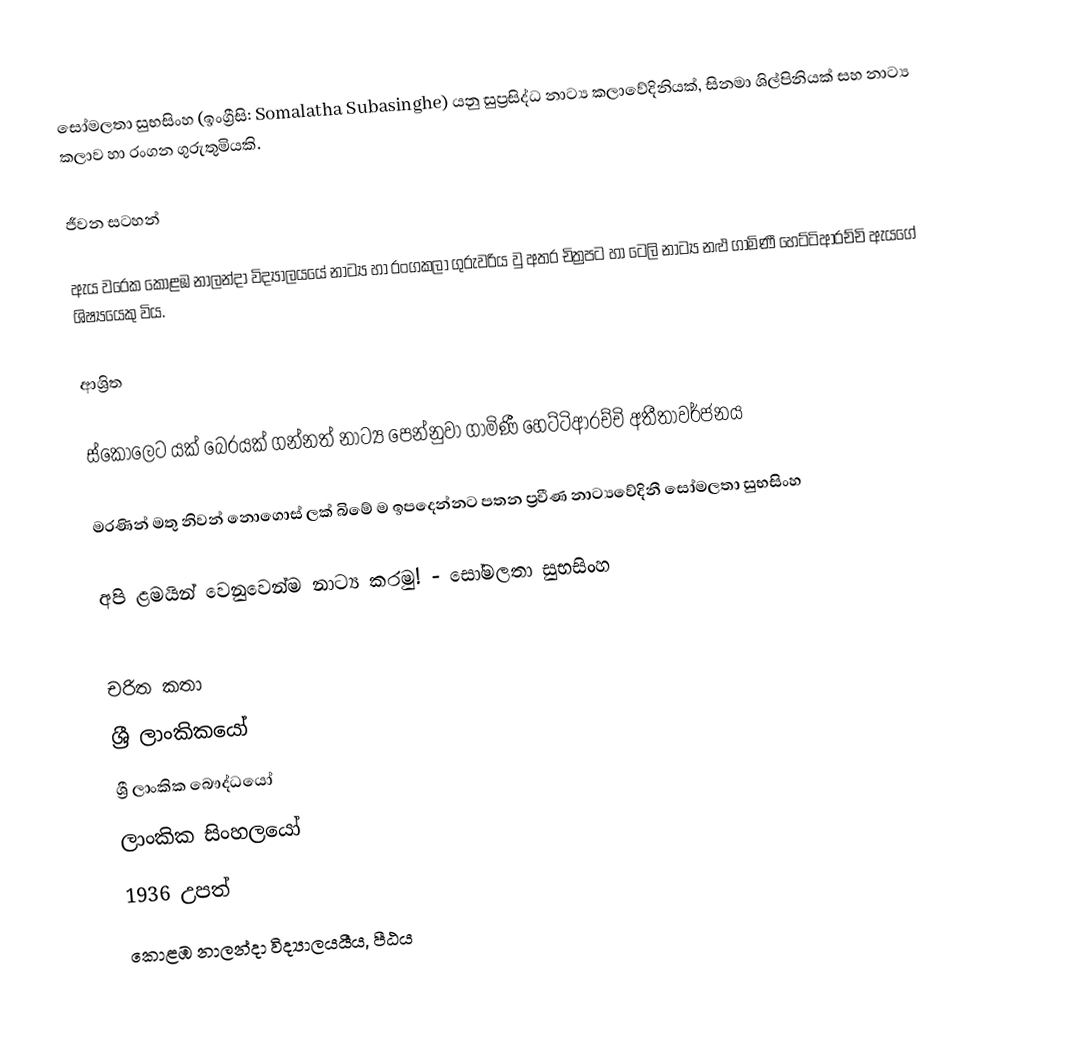
සෝමලතා සුභසිංහ (ඉංග්‍රීසි: Somalatha Subasinghe) යනු සුප්‍රසිද්ධ නාට්‍ය කලාවේදිනියක්, සිනමා ශිල්පිනියක් සහ නාට්‍ය කලාව හා රංගන ගුරුතුමියකි.

ජීවන සටහන්

ඇය වරෙක කොළඹ නාලන්දා විද්‍යාලයයේ නාට්‍ය හා රංගකලා ගුරුවරිය වු අතර චිත්‍රපට හා ටෙලි නාට්‍ය නළු ගාමිණී හෙට්ටිආරච්චි ඇයගේ ශිෂ්‍යයෙකු විය.

ආශ්‍රිත

 ස්‌කෝලෙට යක්‌ බෙරයක්‌ ගන්නත් නාට්‍ය පෙන්නුවා ගාමිණී හෙට්‌ටිආරච්චි අතීතාවර්ජනය

 මරණින් මතු නිවන් නොගොස් ලක් බිමේ ම ඉපදෙන්නට පතන ප්‍රවීණ නාට්‍යවේදිනී සෝමලතා සුභසිංහ

 අපි ළමයින් වෙනුවෙන්ම නාට්‍ය කරමු! - සෝමලතා සුභසිංහ

චරිත කතා
ශ්‍රී ලාංකිකයෝ
ශ්‍රී ලාංකික බෞද්ධයෝ
ලාංකික සිංහලයෝ
1936 උපත්
කොළඹ නාලන්දා විද්‍යාලයයීය, පීඨය